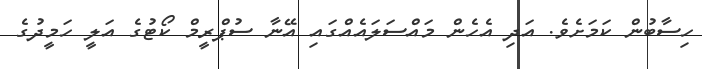
ހިސާބުން ކަމަށެވެ. އަދި އެހެން މައްސަލައެއްގައި އޭނާ ސުޕްރީމް ކޯޓުގެ އަލީ ހަމީދުގެ